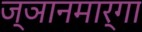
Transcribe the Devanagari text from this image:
ज्ञानमार्गा